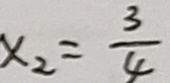
x _ { 2 } = \frac { 3 } { 4 }